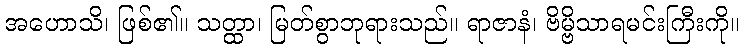
အဟောသိ၊ ဖြစ်၏။ သတ္ထာ၊ မြတ်စွာဘုရားသည်။ ရာဇာနံ၊ ဗိမ္ဗိသာရမင်းကြီးကို။